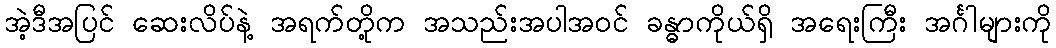
အဲ့ဒီအပြင် ဆေးလိပ်နဲ့ အရက်တို့က အသည်းအပါအဝင် ခန္ဓာကိုယ်ရှိ အရေးကြီး အင်္ဂါများကို